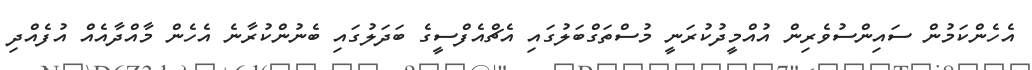
އެހެންކަމުން ސައިންސުވެރިން އުއްމީދުކުރަނީ މުސްތަގްބަލުގައި އެޗްއެފްސީގެ ބަދަލުގައި ބެނުންކުރާނެ އެހެން މާއްދާއެއް އުފެއްދި